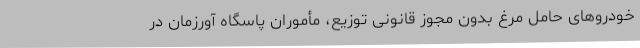
خودروهای حامل مرغ بدون مجوز قانونی توزیع، مأموران پاسگاه آورزمان در